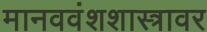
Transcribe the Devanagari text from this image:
मानववंशशास्त्रावर